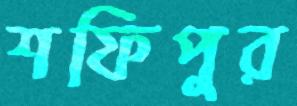
শফিপুর